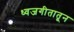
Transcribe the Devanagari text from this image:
ध्वजगीतातून